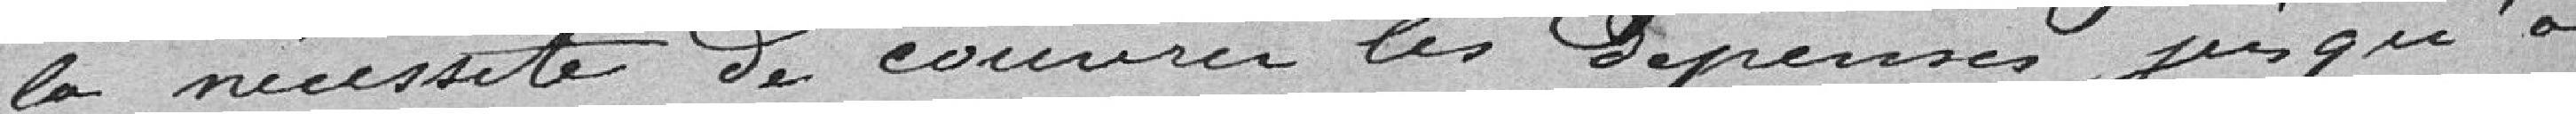
la nécessité de couvrir les Dépenses jusqu'à